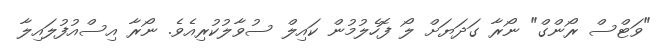
"ވަޓްސް ރޯންގް" ނޯރާ ގަދަޔަށް ލޯ ފޮހެލުމުން ކައިލް ސުވާލުކުރިއެވެ. ނޯރާ އިސްއުފުލައިލާ